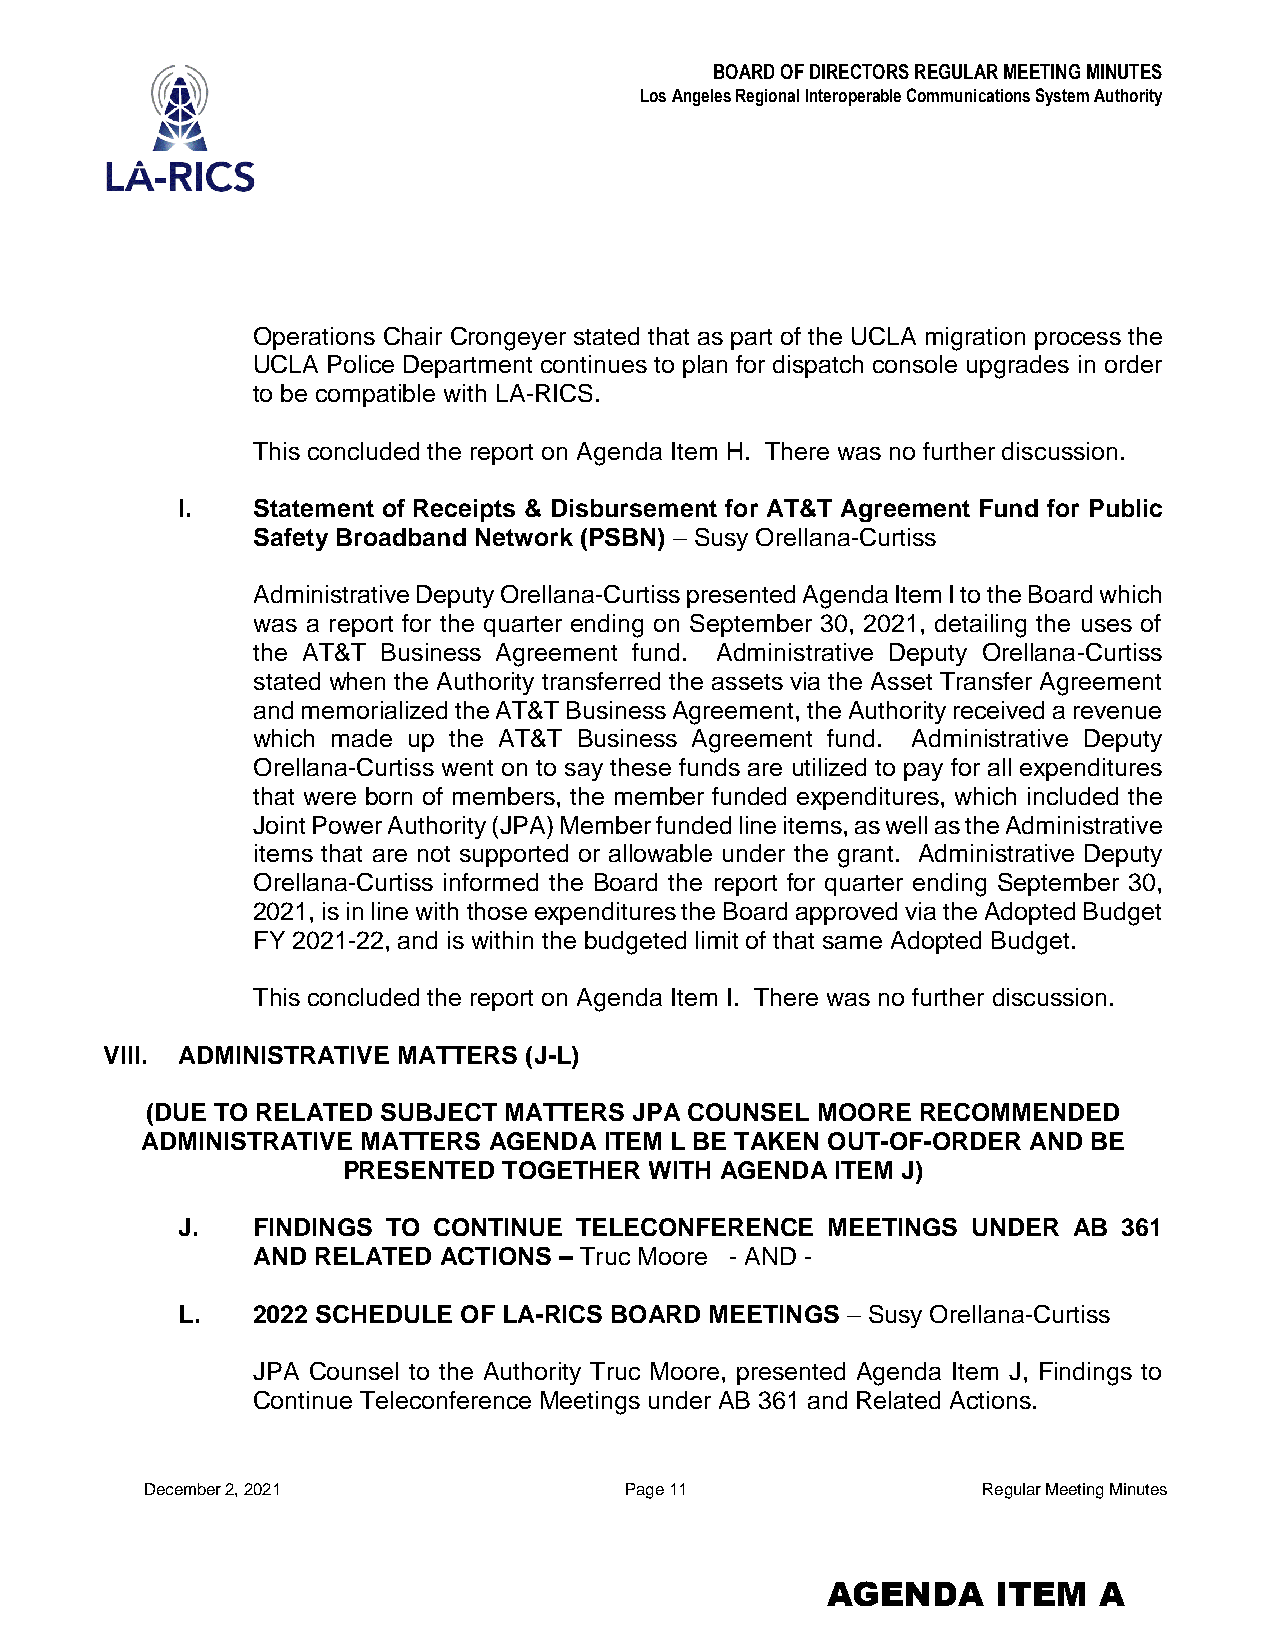
BOARD OF DIRECTORS REGULAR MEETING MINUTES
 Los Angeles Regional Interoperable Communications System Authority
 Operations Chair Crongeyer stated that as part of the UCLA migration process the
 UCLA Police Department continues to plan for dispatch console upgrades in order
 to be compatible with LA-RICS.
 This concluded the report on Agenda Item H. There was no further discussion.
 I.   Statement of Receipts & Disbursement for AT&T Agreement Fund for Public
 Safety Broadband Network (PSBN) – Susy Orellana-Curtiss
 Administrative Deputy Orellana-Curtiss presented Agenda Item I to the Board which
 was a report for the quarter ending on September 30, 2021, detailing the uses of
 the AT&T Business Agreement fund. Administrative Deputy Orellana-Curtiss
 stated when the Authority transferred the assets via the Asset Transfer Agreement
 and memorialized the AT&T Business Agreement, the Authority received a revenue
 which made up the AT&T Business Agreement fund. Administrative Deputy
 Orellana-Curtiss went on to say these funds are utilized to pay for all expenditures
 that were born of members, the member funded expenditures, which included the
 Joint Power Authority (JPA) Member funded line items, as well as the Administrative
 items that are not supported or allowable under the grant. Administrative Deputy
 Orellana-Curtiss informed the Board the report for quarter ending September 30,
 2021, is in line with those expenditures the Board approved via the Adopted Budget
 FY 2021-22, and is within the budgeted limit of that same Adopted Budget.
 This concluded the report on Agenda Item I. There was no further discussion.
 VIII. ADMINISTRATIVE MATTERS (J-L)
 (DUE TO RELATED SUBJECT MATTERS JPA COUNSEL MOORE  RECOMMENDED
 ADMINISTRATIVE MATTERS AGENDA  ITEM L BE TAKEN OUT-OF-ORDER AND BE
 PRESENTED TOGETHER  WITH AGENDA ITEM J)
 J.   FINDINGS TO CONTINUE TELECONFERENCE   MEETINGS UNDER  AB 361
 AND RELATED ACTIONS – Truc Moore - AND -
 L.   2022 SCHEDULE OF LA-RICS BOARD MEETINGS – Susy Orellana-Curtiss
 JPA Counsel to the Authority Truc Moore, presented Agenda Item J, Findings to
 Continue Teleconference Meetings under AB 361 and Related Actions.
 December 2, 2021               Page 11                 Regular Meeting Minutes
 AGENDA     ITEM   A